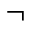
\neg